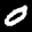
Label: 0